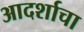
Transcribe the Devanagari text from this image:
आदर्शाचा